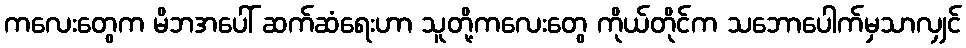
ကလေးတွေက မိဘအပေါ် ဆက်ဆံရေးဟာ သူတို့ကလေးတွေ ကိုယ်တိုင်က သဘောပေါက်မှသာလျှင်